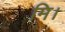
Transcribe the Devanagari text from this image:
मि।